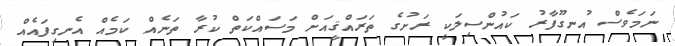
ނަމަވެސް އުނގޫފާރު ކައުންސިލަކީ ރަށުގެ ތަރައްޤީއަށް މަސައްކަތް ކުރާ ތަނެއް ކަމެއް އެނގިފައެއް